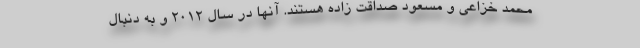
محمد خزاعی و مسعود صداقت زاده هستند. آنها در سال 2012 و به دنبال